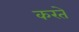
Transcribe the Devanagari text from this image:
करते